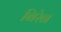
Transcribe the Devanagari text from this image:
बिरेन